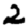
Digit: 2